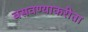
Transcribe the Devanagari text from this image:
बसवण्याकरीता